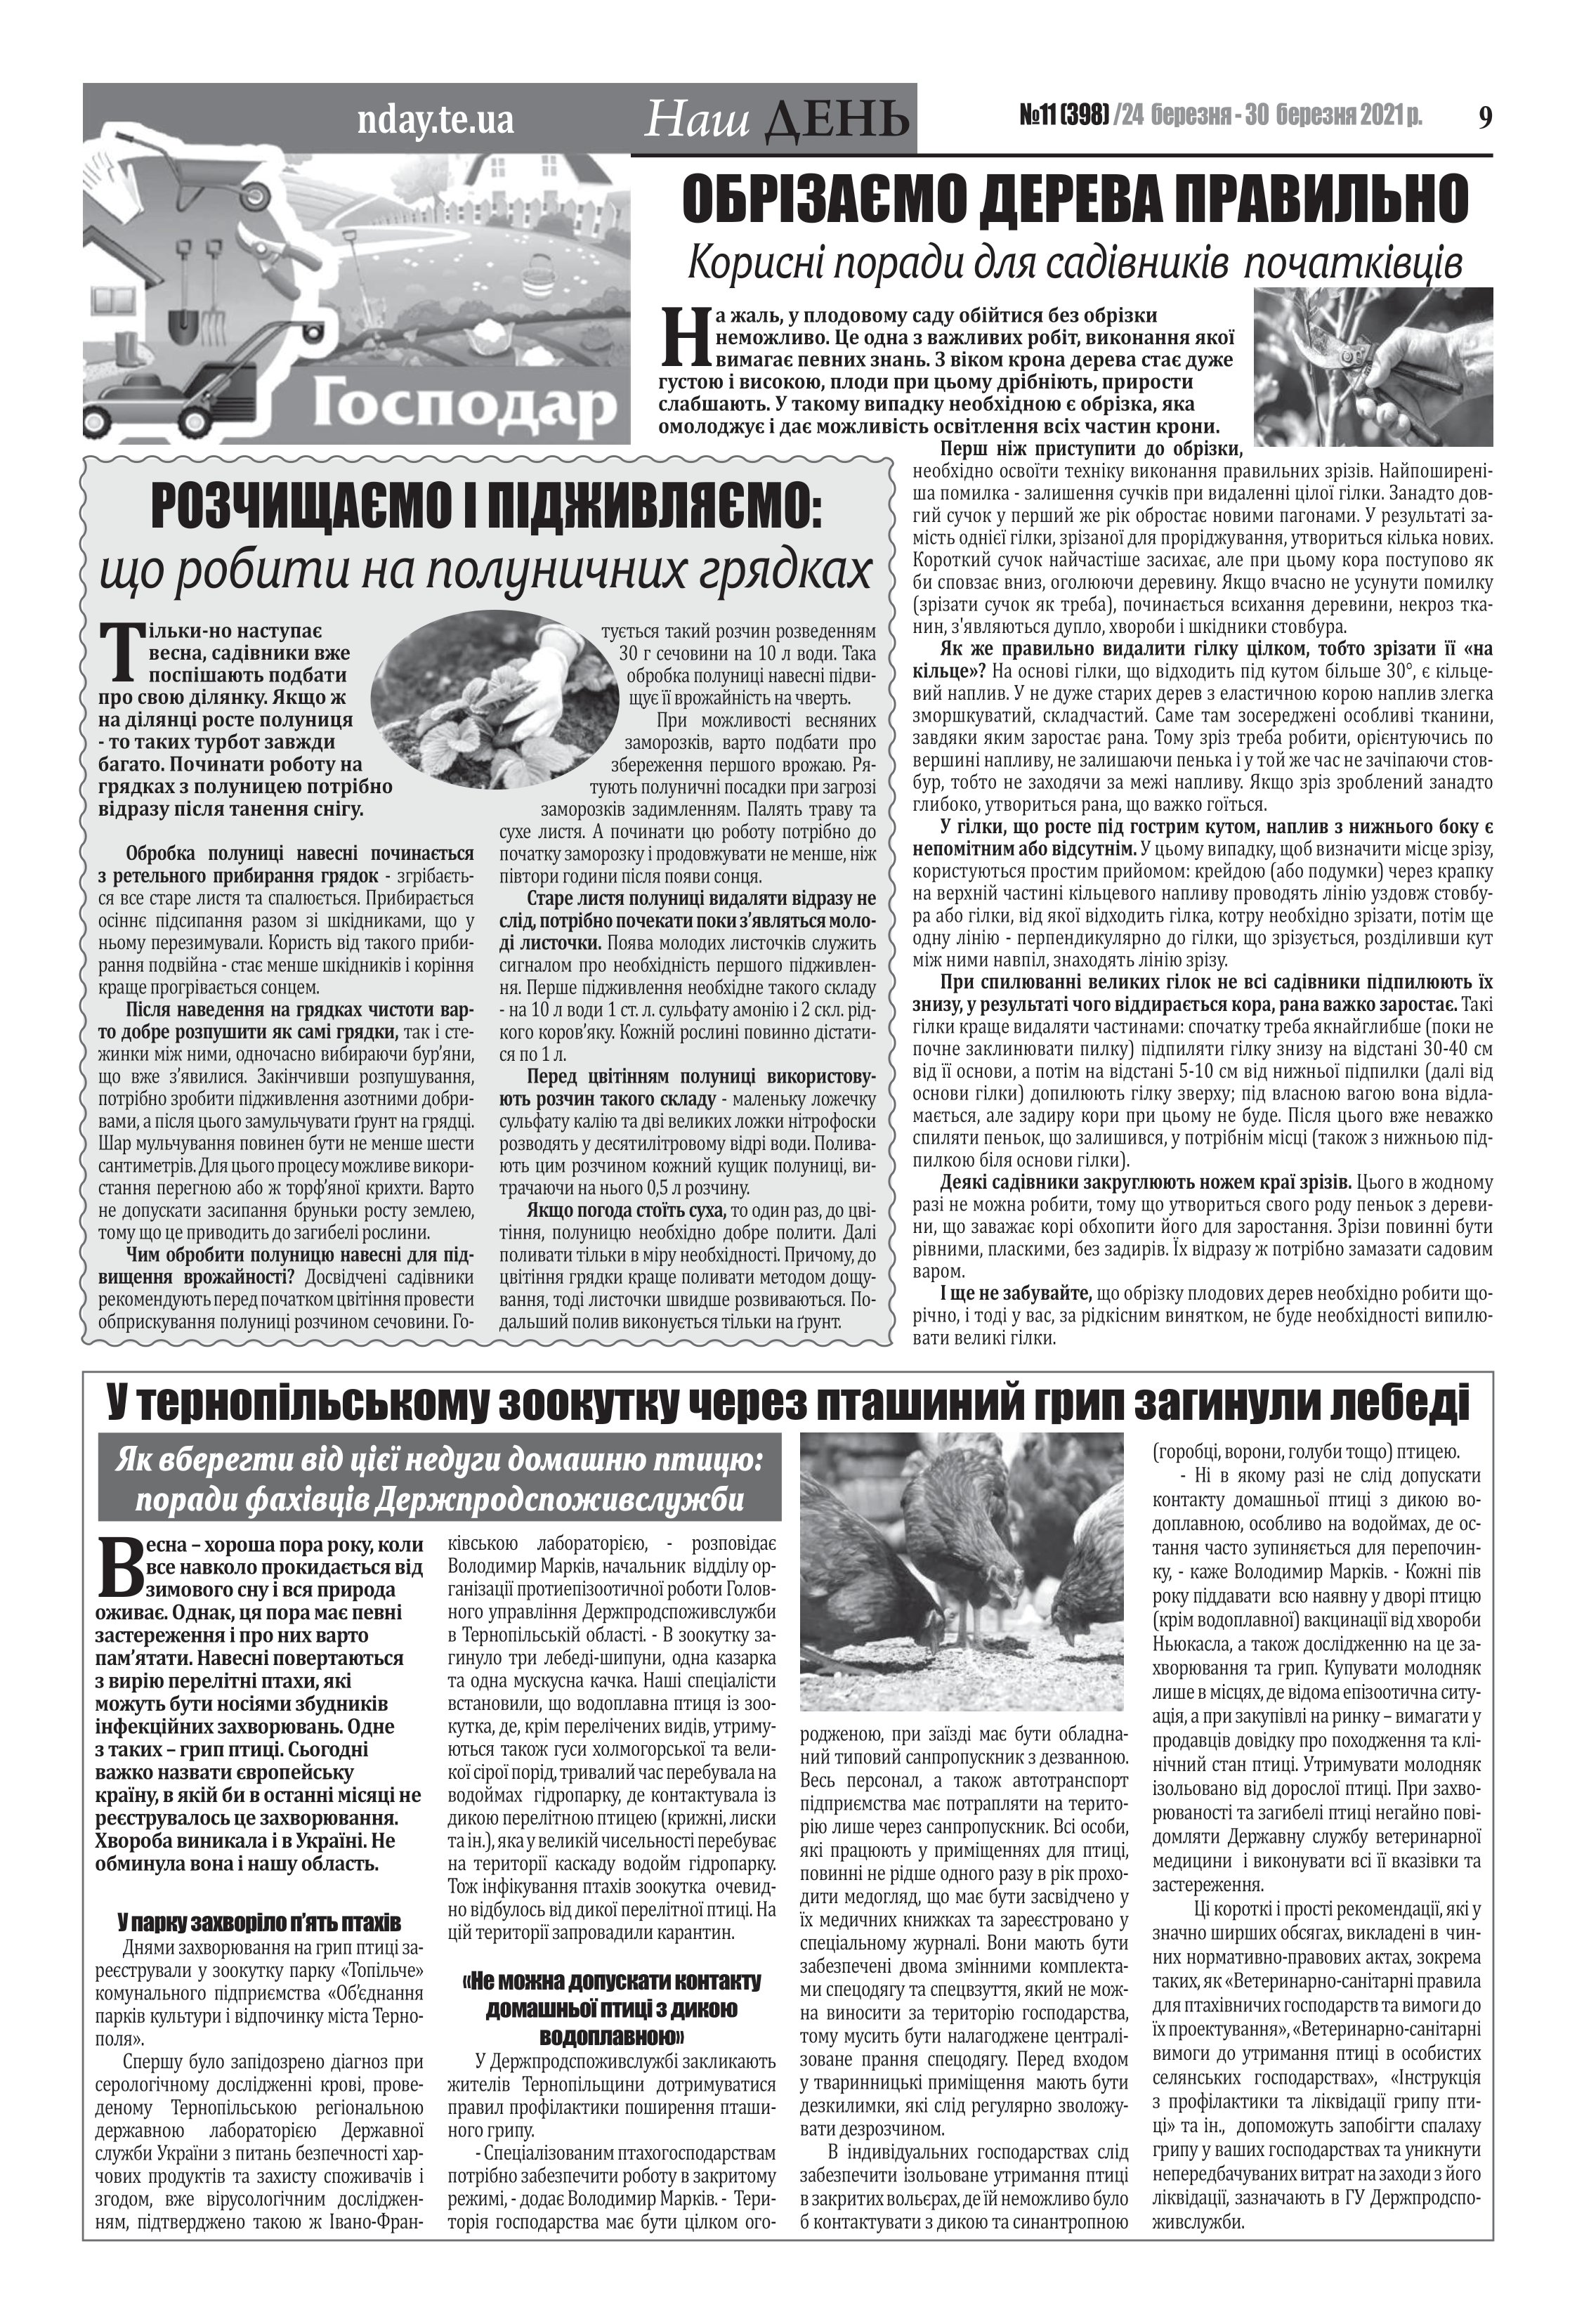
Language: uk